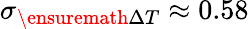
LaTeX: \sigma_{\ensuremath{\Delta T}}\approx 0.58